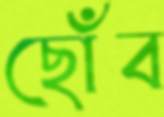
ছোঁব